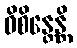
ဝိစိန္တေန္တိ